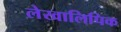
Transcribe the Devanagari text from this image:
लेखालिपिक